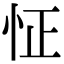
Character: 怔